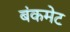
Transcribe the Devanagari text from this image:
बंकमेट